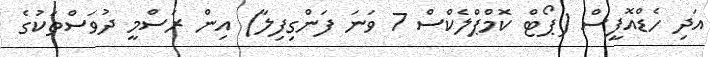
އަދި ހެޑްއޮފީސް (ޕޯޓް ކޮމްޕްލެކްސް 7 ވަނަ ފަންގިފިލާ) އިން ރަސްމީ ދުވަސްތަކުގެ